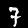
Label: 7